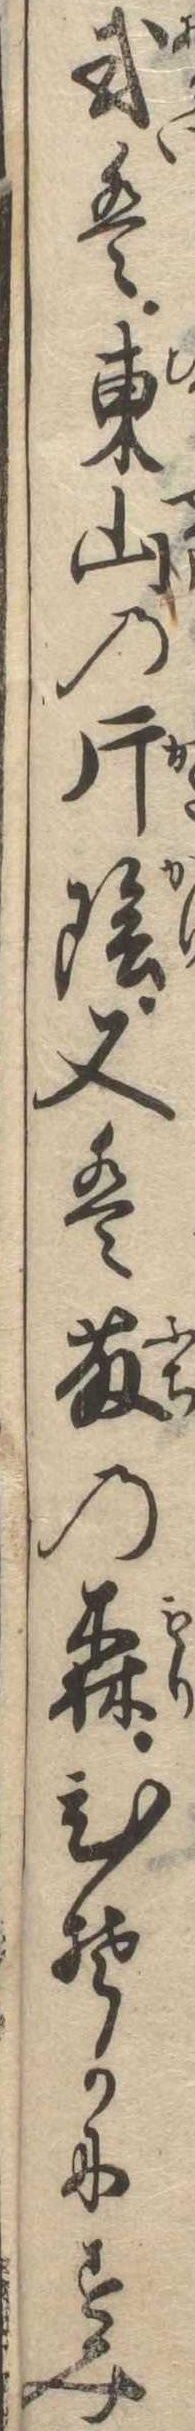
或は東山の片陰又は藤の森ひそかにすみ